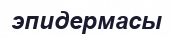
эпидермасы